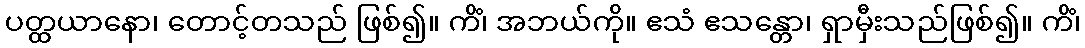
ပတ္ထယာနော၊ တောင့်တသည် ဖြစ်၍။ ကိံ၊ အဘယ်ကို။ ဧသံ ဧသန္တော၊ ရှာမှီးသည်ဖြစ်၍။ ကိံ၊